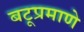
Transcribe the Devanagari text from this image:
बटूप्रमाणे